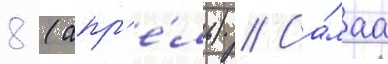
8 (апр'е́ль) // Са́маа